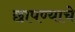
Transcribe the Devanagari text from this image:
छापण्याचे